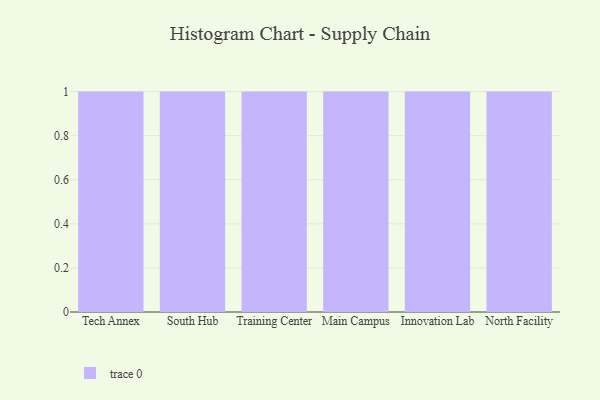
{"axis": {"x": "Campus", "y": "Net Income (USD K)"}, "legend": [""], "data": [{"x": "Tech Annex", "y": 69, "type": ""}, {"x": "South Hub", "y": 72, "type": ""}, {"x": "Training Center", "y": 51, "type": ""}, {"x": "Main Campus", "y": 81, "type": ""}, {"x": "Innovation Lab", "y": 31, "type": ""}, {"x": "North Facility", "y": 50, "type": ""}]}